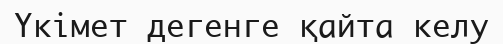
Үкімет дегенге қайта келу